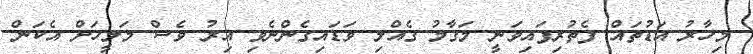
މިހާރު އަޑުތައް ފެތުރިފައިވަނީ މަގާމު ގެއްލި ވަޑައިގެންނެވި އިރު ވެސް މަލީހަށް އެކަން